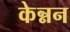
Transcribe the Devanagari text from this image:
केन्नन